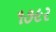
૧૭૯ર